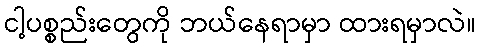
ငါ့ပစ္စည်းတွေကို ဘယ်နေရာမှာ ထားရမှာလဲ။